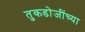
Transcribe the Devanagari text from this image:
तुकडोजींच्या